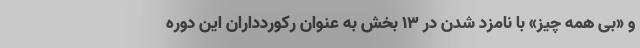
و «بی همه چیز» با نامزد شدن در 13 بخش به عنوان رکوردداران این دوره